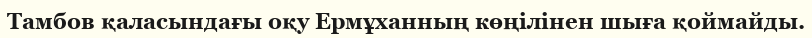
Тамбов қаласындағы оқу Ермұханның көңілінен шыға қоймайды.